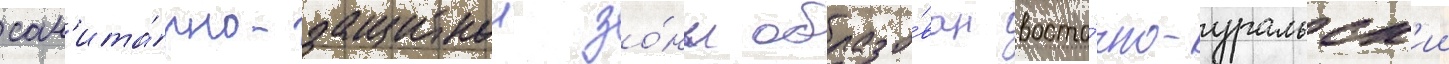
сан'ита́рно-защитнои зо́ны образо́ван восто́чно-уральск'ии